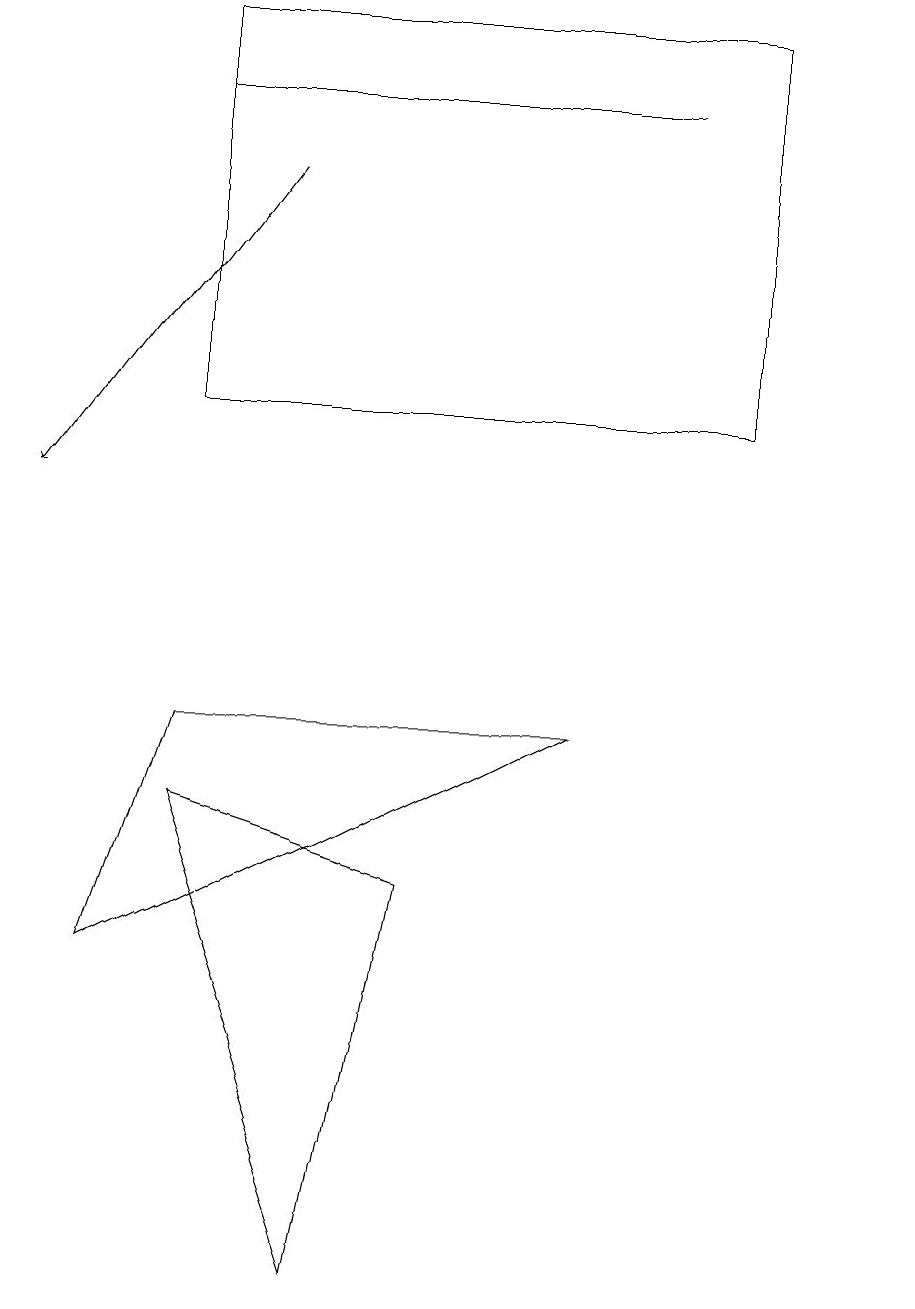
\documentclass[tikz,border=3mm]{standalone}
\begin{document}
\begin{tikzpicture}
\draw (11,12) circle (0);
\draw (2,16) rectangle (9,11);
\draw (1,4) -- (7,7) -- (2,7) -- cycle;
\draw (5,5) -- (4,0) -- (2,6) -- cycle;
\draw[->] (3,14) -- (0,10);
\draw (2,15) rectangle (8,15);
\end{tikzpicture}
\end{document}